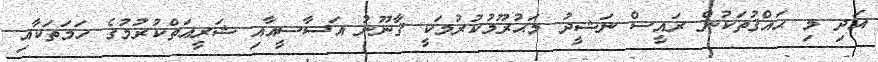
އަދި މި ޙައްޤުތަކުން ރައީސް ނަޝީދު މަޙުރޫމުކުރުމަކީ ޤާނޫނު އަސާސީއާއި ޝަރީޢަތްކުރުމުގެ ހަމަތަކާއި